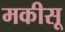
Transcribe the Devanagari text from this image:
मकीसू